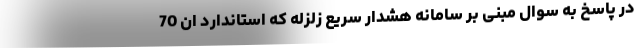
در پاسخ به سوال مبنی بر سامانه هشدار سریع زلزله که استاندارد ان 70